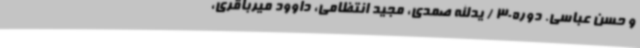
و حسن عباسی. دوره30 / یدالله صمدی، مجید انتظامی، داوود میرباقری،